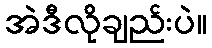
အဲဒီလိုချည်းပဲ။